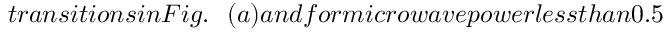
t r a n s i t i o n s i n F i g . ~ ~ ( a ) a n d f o r m i c r o w a v e p o w e r l e s s t h a n 0 . 5